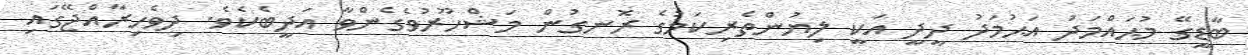
ބާޑީގޭ މުޙައްމަދު އަޙުމަދު ދީދީ އަކީ ލިޔުންތެރިކަމުގެ ރޮނގުން މަޝްހޫރުވެގެންވާ އަދީބެކެވެ. ދިވެހިރާއްޖޭގައި